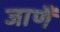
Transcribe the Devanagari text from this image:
जाणैं